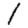
Digit: 1